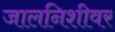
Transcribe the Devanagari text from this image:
जालनिशीवर